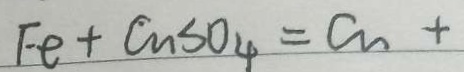
F e + C u S O _ { 4 } = C _ { v } +